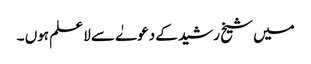
میں شیخ رشید کے دعوےٰ سے لا علم ہوں ۔